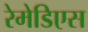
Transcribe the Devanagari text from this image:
रेमेडिएस